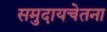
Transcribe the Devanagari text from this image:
समुदायचेतना